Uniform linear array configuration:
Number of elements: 24
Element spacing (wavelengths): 1
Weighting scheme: binomial
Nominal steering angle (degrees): -45
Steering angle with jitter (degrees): -46.854
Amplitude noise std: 0.05
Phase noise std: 0.05

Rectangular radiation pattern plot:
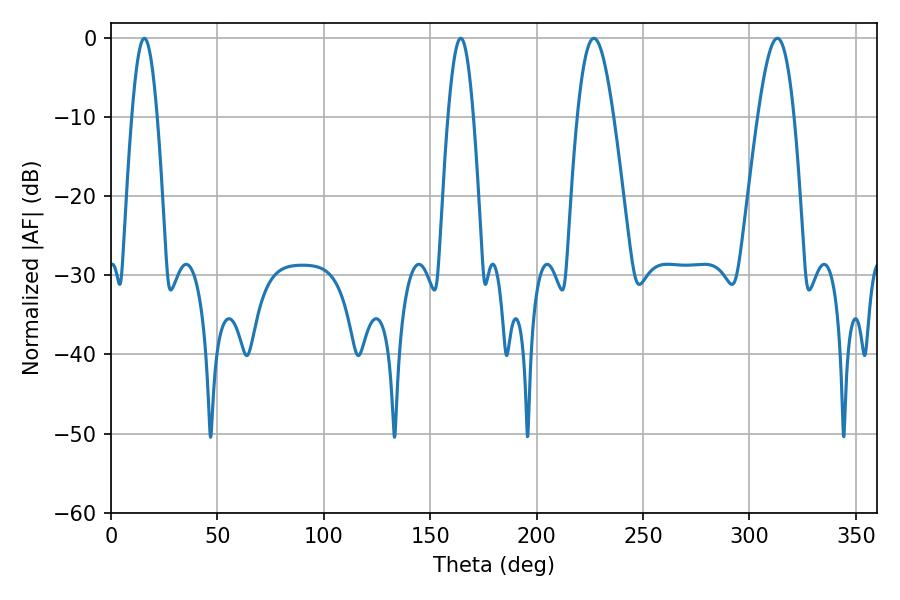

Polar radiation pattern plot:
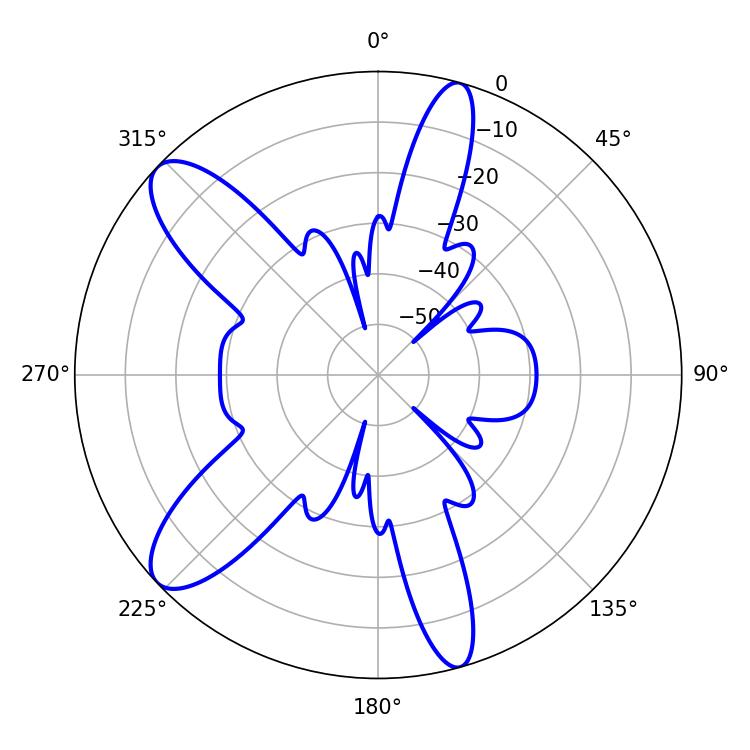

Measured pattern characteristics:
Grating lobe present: TRUE
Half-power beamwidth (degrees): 6.48
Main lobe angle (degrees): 15.66